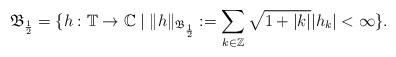
LaTeX: \begin{align*} \mathfrak B _{\frac12}= \{ h: \mathbb T \to \mathbb C \mid \|h\|_{ \mathfrak B _{\frac12}}:=\sum_{k \in \mathbb Z} \sqrt{1+ |k|} |h_k| <\infty\}.\end{align*}